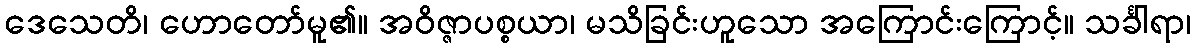
ဒေသေတိ၊ ဟောတော်မူ၏။ အဝိဇ္ဇာပစ္စယာ၊ မသိခြင်းဟူသော အကြောင်းကြောင့်။ သင်္ခါရာ၊